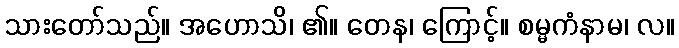
သားတော်သည်။ အဟောသိ၊ ၏။ တေန၊ ကြောင့်။ စမ္မကံနာမ၊ လ။